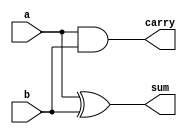

`timescale 1ns / 1ps
//////////////////////////////////////////////////////////////////////////////////
// Company: 
// Engineer: 
// 
// Design Name: 
// Module Name: half_adder
// Project Name: 
// Target Devices: 
// Tool Versions: 
// Description: 
// 
// Dependencies: 
// 
// Revision:
// Revision 0.01 - File Created
// Additional Comments:
// 
//////////////////////////////////////////////////////////////////////////////////


module half_adder(sum, carry,a,b);
    input a,b;
    output sum, carry;
    xor sum1(sum, a, b);
    and carry1(carry, a,b);
    
   
endmodule